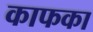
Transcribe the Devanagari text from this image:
काफका